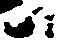
尉